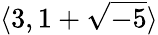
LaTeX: \langle 3,1+{\sqrt{-5}}\rangle